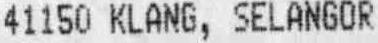
41150 KLANG, SELANGOR